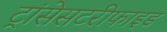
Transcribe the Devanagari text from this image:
ट्रांसेसटरीफाइड